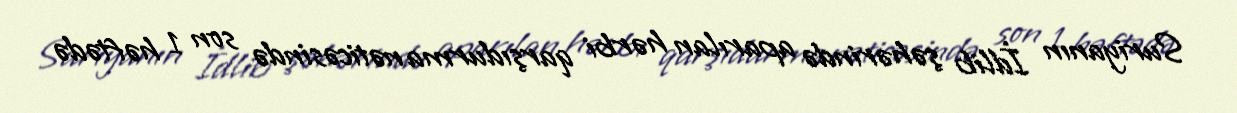
Suriyanın İdlib şəhərində aparılan hərbi qarşıdurma nəticəsində son 1 həftədə